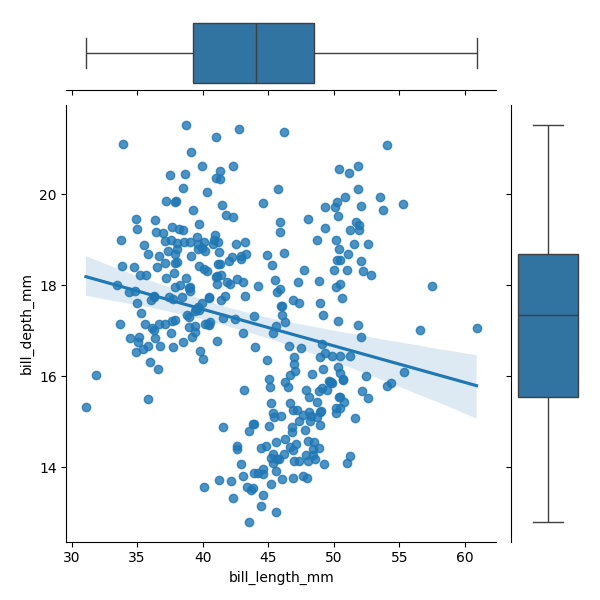
python, seaborn, JointGrid, regplot, boxplot